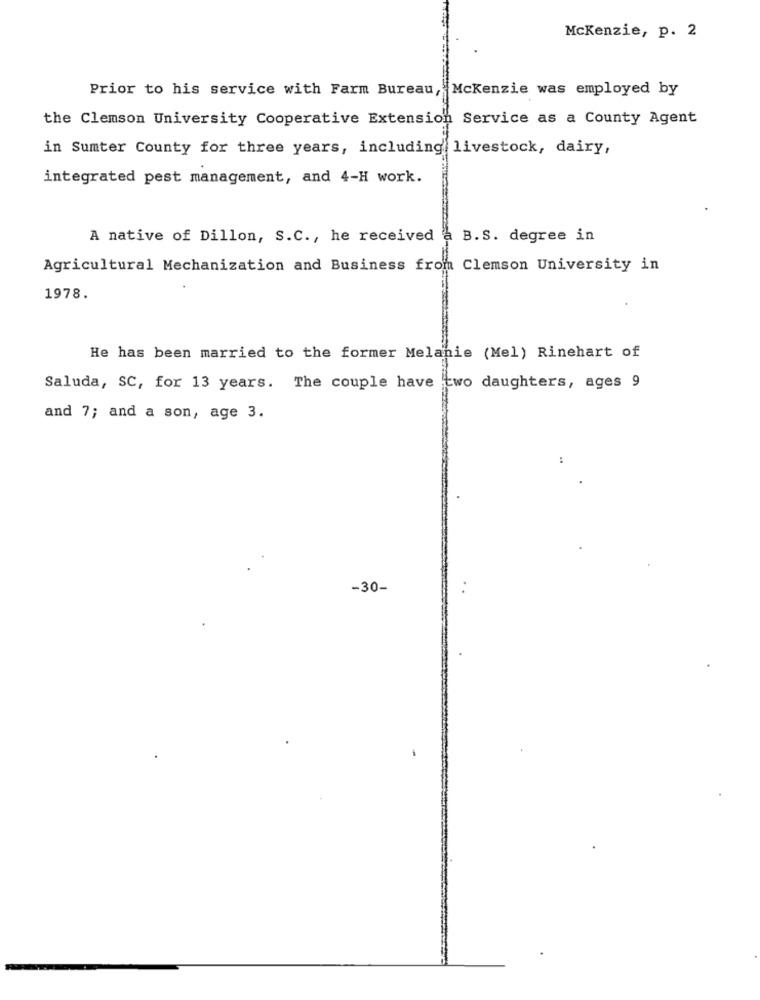
Mckenzie, p. 2
Prior to his service with Farm Bureau, Mckenzie was employed by
the Clemson University Cooperative Extension Service as a County Agent
in Sumter County for three years, including livestock, dairy,
integrated pest management, and 4-H work.
A native of Dillon, S.C ., he received a B.S. degree in
Agricultural Mechanization and Business from Clemson University in
1978.
He has been married to the former Melanie (Mel) Rinehart of
Saluda, SC, for 13 years. The couple have two daughters, ages 9
and 7; and a son, age 3.
:
-30-